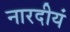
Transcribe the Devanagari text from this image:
नारदीयं